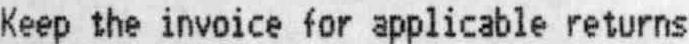
KEEP THE INVOICE FOR APPLICABLE RETURNS